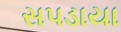
સપડાયા